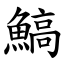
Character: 鰝